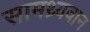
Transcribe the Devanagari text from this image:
सामथ्र्यवान